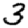
Digit: 3